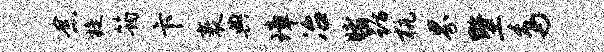
念旋筠卞袤典璋冶睹踞杭界墅鸟